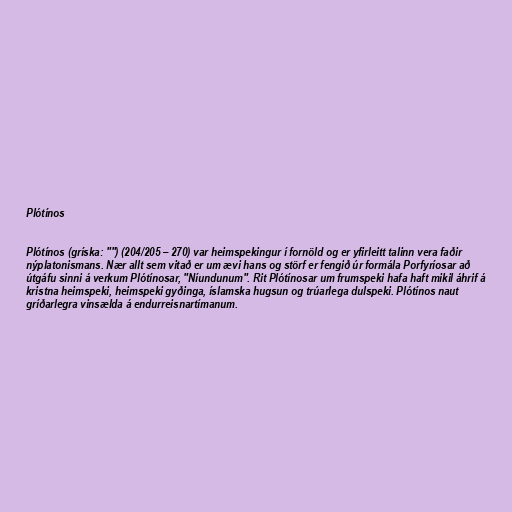
Plótínos

Plótínos (gríska: "") (204/205 – 270) var heimspekingur í fornöld og er yfirleitt talinn vera faðir
nýplatonismans. Nær allt sem vitað er um ævi hans og störf er fengið úr formála Porfyríosar að
útgáfu sinni á verkum Plótínosar, "Níundunum". Rit Plótínosar um frumspeki hafa haft mikil áhrif á
kristna heimspeki, heimspeki gyðinga, íslamska hugsun og trúarlega dulspeki. Plótínos naut
gríðarlegra vinsælda á endurreisnartímanum.